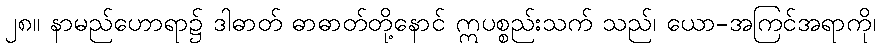
၂၈။ နာမည်ဟောရာ၌ ဒါဓာတ် ဓာဓာတ်တို့နောင် ဣပစ္စည်းသက် သည်၊ ယော-အကြင်အရာကို၊